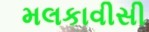
મલકાવીસી